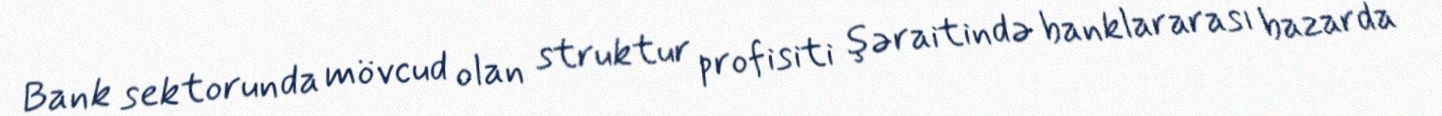
Bank sektorunda mövcud olan struktur profisiti şəraitində banklararası bazarda